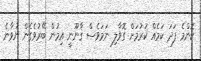
ކޮންމެ ފަދަ ކަމެއް ކުރުމަށް ގޮވާލި ނަމަވެސް ޤާނޫނީ އިމުން ބޭރުވެގެން ނުވާނެ